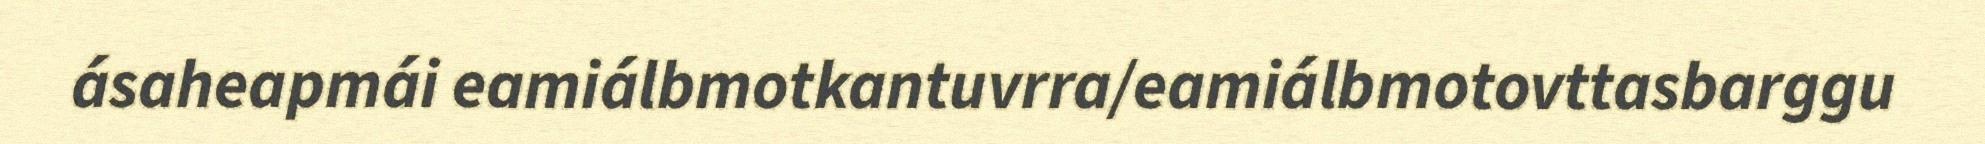
ásaheapmái eamiálbmotkantuvrra/eamiálbmotovttasbarggu